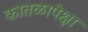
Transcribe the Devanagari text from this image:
कातळापेक्षा